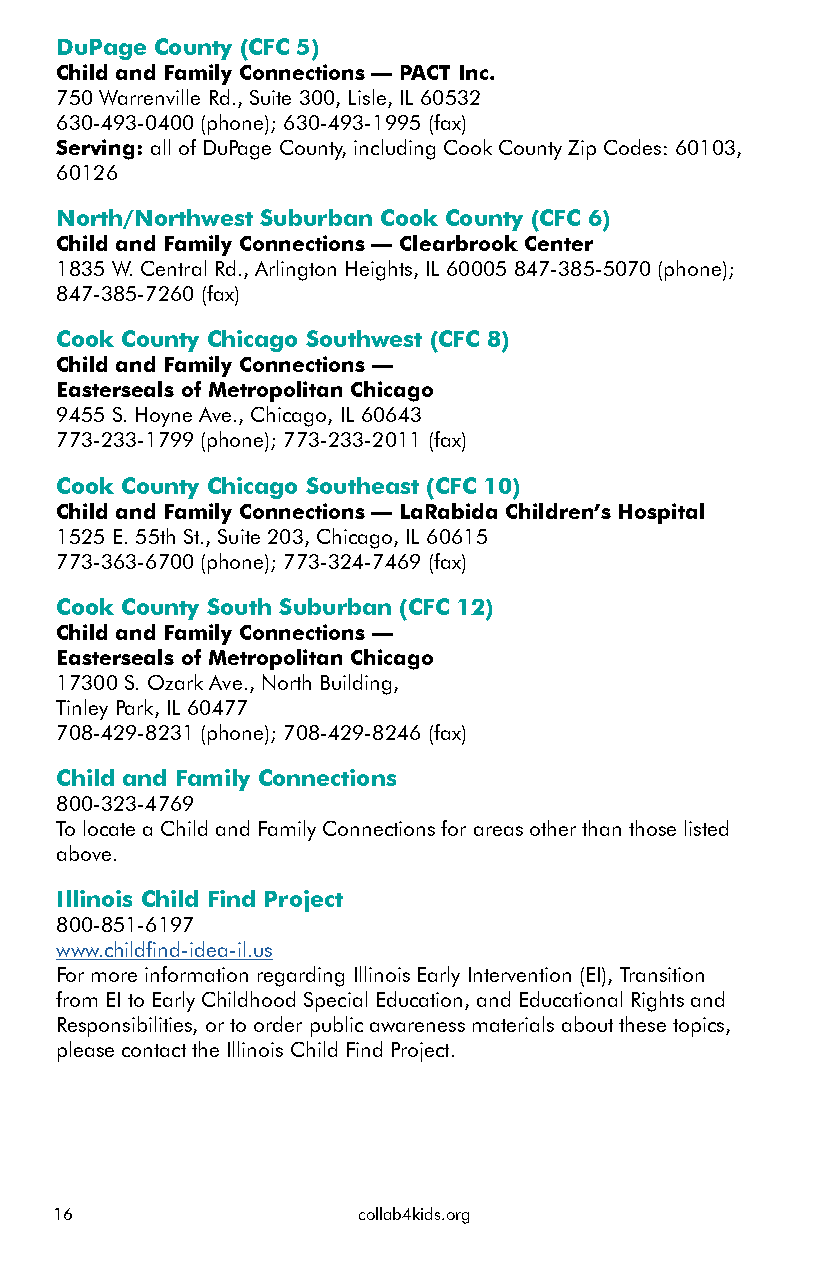
DuPage County (CFC 5)
 Child and Family Connections — PACT Inc.
 750 Warrenville Rd., Suite 300, Lisle, IL 60532
 630-493-0400 (phone); 630-493-1995 (fax)
 Serving: all of DuPage County, including Cook County Zip Codes: 60103,
 60126
 North/Northwest Suburban Cook County (CFC 6)
 Child and Family Connections — Clearbrook Center
 1835 W. Central Rd., Arlington Heights, IL 60005 847-385-5070 (phone);
 847-385-7260 (fax)
 Cook County Chicago Southwest (CFC 8)
 Child and Family Connections —
 Easterseals of Metropolitan Chicago
 9455 S. Hoyne Ave., Chicago, IL 60643
 773-233-1799 (phone); 773-233-2011 (fax)
 Cook County Chicago Southeast (CFC 10)
 Child and Family Connections — LaRabida Children’s Hospital
 1525 E. 55th St., Suite 203, Chicago, IL 60615
 773-363-6700 (phone); 773-324-7469 (fax)
 Cook County South Suburban (CFC 12)
 Child and Family Connections —
 Easterseals of Metropolitan Chicago
 17300 S. Ozark Ave., North Building,
 Tinley Park, IL 60477
 708-429-8231 (phone); 708-429-8246 (fax)
 Child and Family Connections
 800-323-4769
 To locate a Child and Family Connections for areas other than those listed
 above.
 Illinois Child Find Project
 800-851-6197
 www.childfind-idea-il.us
 For more information regarding Illinois Early Intervention (EI), Transition
 from EI to Early Childhood Special Education, and Educational Rights and
 Responsibilities, or to order public awareness materials about these topics,
 please contact the Illinois Child Find Project.
 16                  collab4kids.org